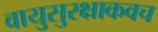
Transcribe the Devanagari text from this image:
वायुसुरक्षाकवच